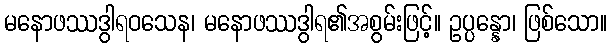
မနောဖဿဒွါရဝသေန၊ မနောဖဿဒွါရ၏အစွမ်းဖြင့်။ ဥပ္ပန္နော၊ ဖြစ်သော။